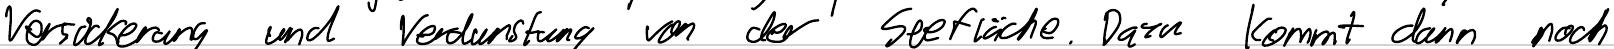
Versickerung und Verdunstung von der Seefläche. Dazu kommt dann noch